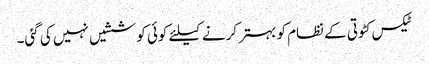
ٹیکس کٹوتی کے نظام کو بہتر کرنے کیلئے کوئی کوششیں نہیں کی گئی۔